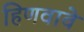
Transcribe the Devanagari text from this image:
हिणवावे